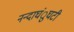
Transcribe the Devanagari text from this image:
नन्दाघंुघटी